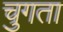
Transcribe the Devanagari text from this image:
चुगता